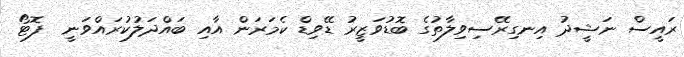
ރައީސް ނަޝީދު އިނގިރޭސިވިލާތުގެ ބޮޑުވަޒީރު ޑޭވިޑް ކެމަރަން އާއި ބައްދަލުކުރައްވަނީ  ފޮޓޯ